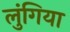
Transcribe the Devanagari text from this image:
लुंगिया